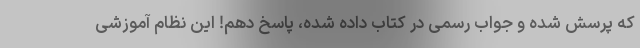
که پرسش شده و جواب رسمی در کتاب داده شده، پاسخ دهم! این نظام آموزشی